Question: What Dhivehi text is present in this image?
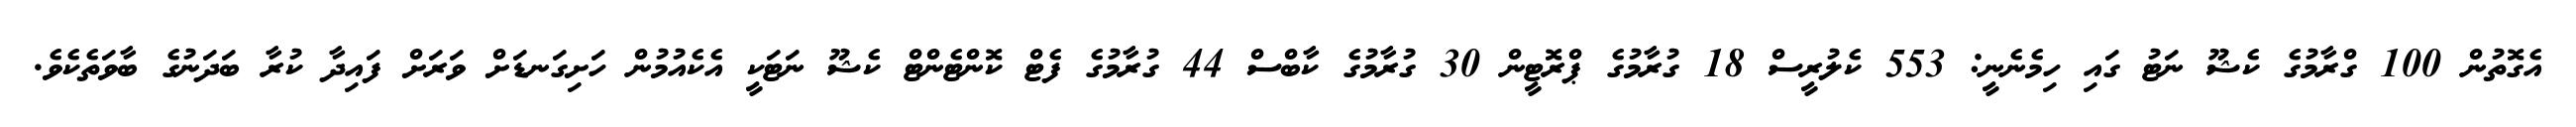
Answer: އެގޮތުން 100 ގްރާމުގެ ކެޝޫ ނަޓު ގައި ހިމެނެނީ: 553 ކެލުރީސް 18 ގުރާމުގެ ޕްރޮޓީން 30 ގުރާމުގެ ކާބްސް 44 ގުރާމުގެ ފެޓް ކޮންޓެންޓް ކެޝޫ ނަޓަކީ އެކެއުމުން ހަށިގަނޑަށް ވަރަށް ފައިދާ ކުރާ ބަދަނުގެ ބާވަތެކެވެ.